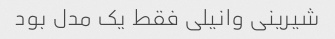
شیرینی وانیلی فقط یک مدل بود